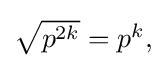
{\textstyle {\sqrt {p^{2k}}}=p^{k},}